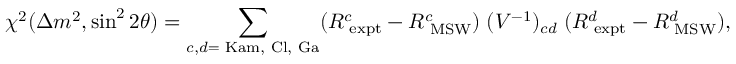
\chi ^ { 2 } ( \Delta m ^ { 2 } , \sin ^ { 2 } 2 \theta ) = \sum _ { c , d = \mathrm { { \scriptsize ~ K a m , ~ C l , ~ G a } } } ( R _ { \mathrm { { \scriptsize ~ e x p t } } } ^ { c } - R _ { \mathrm { { \scriptsize ~ M S W } } } ^ { c } ) \; ( V ^ { - 1 } ) _ { c d } \; ( R _ { \mathrm { { \scriptsize ~ e x p t } } } ^ { d } - R _ { \mathrm { { \scriptsize ~ M S W } } } ^ { d } ) ,